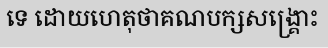
ទេ ដោយហេតុថាគណបក្សសង្គ្រោះ